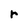
Character: r